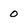
Character: 0